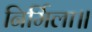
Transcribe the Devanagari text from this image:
निर्मिला॥